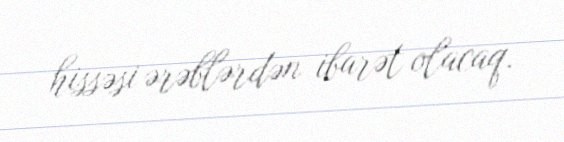
hissəsi ərəblərdən ibarət olacaq.